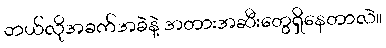
ဘယ်လိုအခက်အခဲနဲ့ အတားအဆီးတွေရှိနေတာလဲ။